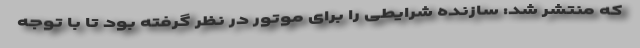
که منتشر شد: سازنده شرایطی را برای موتور در نظر گرفته بود تا با توجه